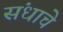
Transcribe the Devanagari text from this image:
संधाचे